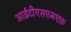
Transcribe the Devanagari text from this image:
आईटीएसएमएफ़